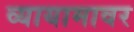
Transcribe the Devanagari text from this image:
व्यायामावर